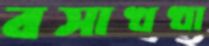
বসাখখা